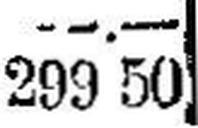
299 50